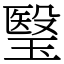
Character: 瑿